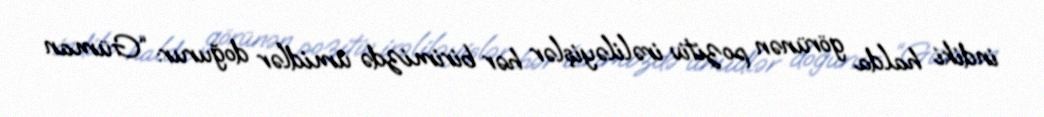
indiki halda görünən pozitiv irəliləyişlər hər birimizdə ümidlər doğurur: “Güman